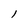
Character: l